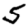
Digit: 5